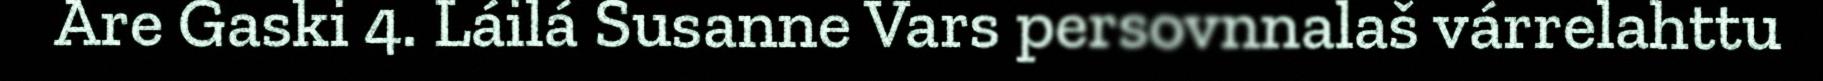
Are Gaski 4. Láilá Susanne Vars persovnnalaš várrelahttu